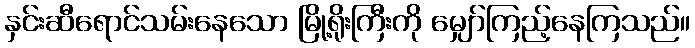
နှင်းဆီရောင်သမ်းနေသော မြို့ရိုးကြီးကို မျှော်ကြည့်နေကြသည်။